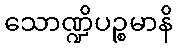
သောဏ္ဍိပဉ္စမာနိ